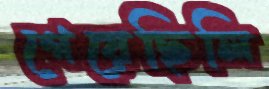
গেয়েছিলি